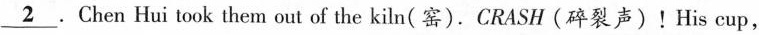
\underline{2}.Chen Hui took them out of the kiln(窑).CRASH(碎裂声)!His cup,